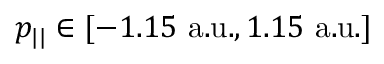
p _ { | | } \in [ - 1 . 1 5 \mathrm { ~ a . u . } , 1 . 1 5 \mathrm { ~ a . u . } ]